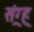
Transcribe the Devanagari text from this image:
संग्र्ह्